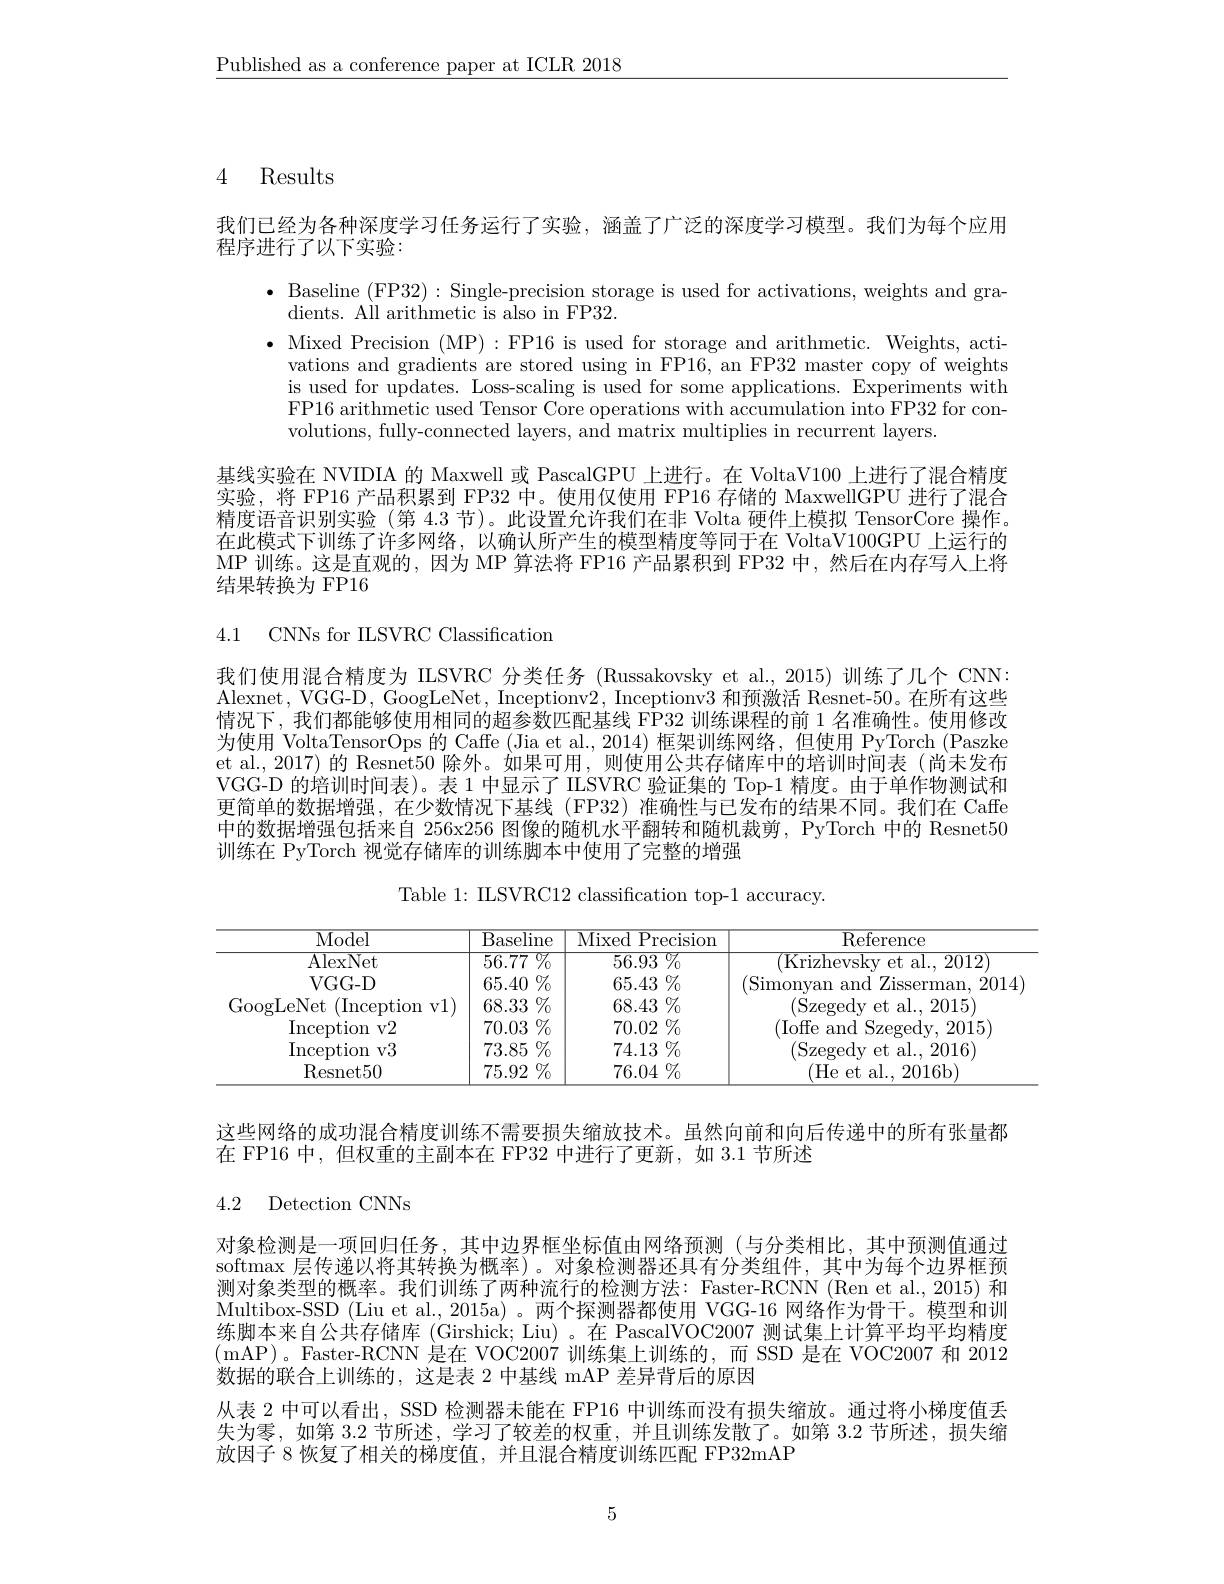
$\underline{\text{Published as a conference paper at ICLR 2018}}$

# 4 Results

我们已经为各种深度学习任务运行了实验，涵盖了广泛的深度学习模型。我们为每个应用

程序进行了以下实验：
$\bullet$ Baseline (FP32): Single-precision storage is used for activations, weights and gra-
dients. All arithmetic is also in FP32.
$\bullet$ Mixed Precision (MP):FP16 is used for storage and arithmetic. Weights, acti-
vations and gradients are stored using in FP16, an FP32 master copy of weights is used for updates. Loss-scaling is used for some applications. Experiments with FP16 arithmetic used Tensor Core operations with accumulation into FP32 for convolutions, fully-connected layers, and matrix multiplies in recurrent layers.
基线实验在 NVIDIA 的 Maxwell 或 PascalGPU 上进行。在 VoltaV100 上进行了混合精度实验，将 FP16 产品积累到 FP32 中。使用仅使用 FP16 存储的 MaxwellGPU 进行了混合精度语音识别实验 (第 4.3 节)。此设置允许我们在非 Volta 硬件上模拟 TensorCore 操作。在此模式下训练了许多网络，以确认所产生的模型精度等同于在 VoltaV100GPU 上运行的MP 训练。这是直观的，因为 MP 算法将 FP16 产品累积到 FP32 中，然后在内存写人上将结果转换为 FP16

4.1 CNNs for IILSVRC Classification

我们使用混合精度为 ILSVRC 分类任务 (Russakovsky et al.,2015)训练了几个 CNN: Alexnet, VGG-D, GoogLeNet, Inceptionv2, Inceptionv3 和预激活 Resnet-50。在所有这些情况下，我们都能够使用相同的超参数匹配基线 FP32 训练课程的前 1 名准确性。使用修改为使用 VoltaTensorOps 的 Caffe (Jia et al.,2014) 框架训练网络，但使用 PyTorch (Paszke et al.,2017)的 Resnet50 除外。如果可用，则使用公共存储库中的培训时间表(尚未发布VGG-D 的培训时间表)。表 1 中显示了 IILSVRC 验证集的 Top-1 精度。由于单作物测试和更简单的数据增强，在少数情况下基线(FP32)准确性与已发布的结果不同。我们在 Caffe 中的数据增强包括来自 256x256 图像的随机水平翻转和随机裁剪，PyTorch 中的 Resnet50训练在 PyTorch 视觉存储库的训练脚本中使用了完整的增强

Table 1: ILSVRC12 classification top-1 accuracy.

<table>
	<tbody>
		<tr>
			<th>Model</th>
			<th>B; ${\overline{{\mathrm{aseline}}}}$ 1 1</th>
			<th>Mixed Precision</th>
			<th>$\overline{\mathrm{Reference}}$</th>
		</tr>
		<tr>
			<td>$\overline{{\mathrm{AlexNet}}}$</td>
			<td>56.77 $\%$</td>
			<td>$\overline{56.93}\%$</td>
			<td>(Krizhevsky et al., 2012</td>
		</tr>
		<tr>
			<td>$VGG-D$</td>
			<td>$65.40\%$</td>
			<td>65.43 $\%$</td>
			<td>(Simonyan and Zisserman, 2014</td>
		</tr>
		<tr>
			<td>GoogLeNet (Inception v1)</td>
			<td>68.33 $.\%$ </td>
			<td>68.43 $\%$</td>
			<td>$$($Szegedy et al., 2015)$</td>
		</tr>
		<tr>
			<td>Inception v2</td>
			<td>70.03 $\%$</td>
			<td>$70.02\%$</td>
			<td>(Ioffe and Szegedy, 2015)</td>
		</tr>
		<tr>
			<td>Inception v3</td>
			<td>$73.85\%$</td>
			<td>$74.13\%$</td>
			<td>(Szegedy et al., 2016)</td>
		</tr>
		<tr>
			<td>Resnet50</td>
			<td>75.92 $\%$</td>
			<td>$76.04\%$</td>
			<td>(He et al., 2016b)</td>
		</tr>
	</tbody>
</table>

这些网络的成功混合精度训练不需要损失缩放技术。虽然向前和向后传递中的所有张量都
在 FP16 中，但权重的主副本在 FP32 中进行了更新，如 3.1 节所述

# 4.2 Detection CNNs

对象检测是一项回归任务，其中边界框坐标值由网络预测(与分类相比，其中预测值通过softmax 层传递以将其转换为概率)。对象检测器还具有分类组件，其中为每个边界框预测对象类型的概率。我们训练了两种流行的检测方法：Faster-RCNN (Ren et al.,2015) 和Multibox-SSD (Liu et al., 2015a)。两个探测器都使用 VGG-16 网络作为骨干。模型和训练脚本来自公共存储库 (Girshick; Liu) 。在 PascalVOC2007 测试集上计算平均平均精度(mAP)。Faster-RCNN 是在 VOC2007 训练集上训练的，而 SSD 是在 VOC2007 和 2012数据的联合上训练的，这是表 2 中基线 mAP 差异背后的原因
从表 2 中可以看出，SSD 检测器未能在 FP16 中训练而没有损失缩放。通过将小梯度值丢失为零，如第 3.2 节所述，学习了较差的权重，并且训练发散了。如第 3.2 节所述，损失缩放因子 8 恢复了相关的梯度值，并且混合精度训练匹配 FP32mAP

5